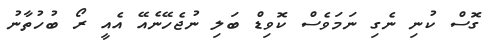
ގޮސް ކުނި ނެގި ނަމަވެސް ކޮވިޑް ބަލި ނުޖެހޭނެއޭ އެއީ ރޯ ބުހުތާނު